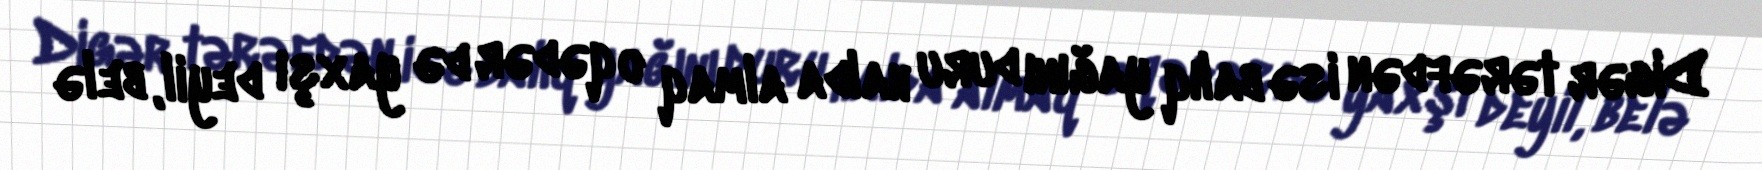
Digər tərəfdən isə balıq yağını duru halda almaq o qədər də yaxşı deyil, belə